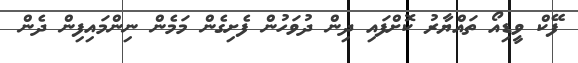
ފޭކް ވީޑިއޯ ތައްޔާރު ކޮށްފައި ދިން ދުވަހުން ފެށިގެން މަމެން ނިންމައިފިން ދެން